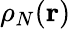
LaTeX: \rho_{N}(\mathbf{r})